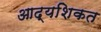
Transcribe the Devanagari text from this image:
आद्यशिकत